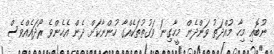
ނުބޮއި މިހާ މުއްދަތު ވަންދެން މީހާގިނަ ވަގުތުތަކެއްގާ ހުންނާކަށް ދެން އެހެންވެ ރޯދައެއްވެސް